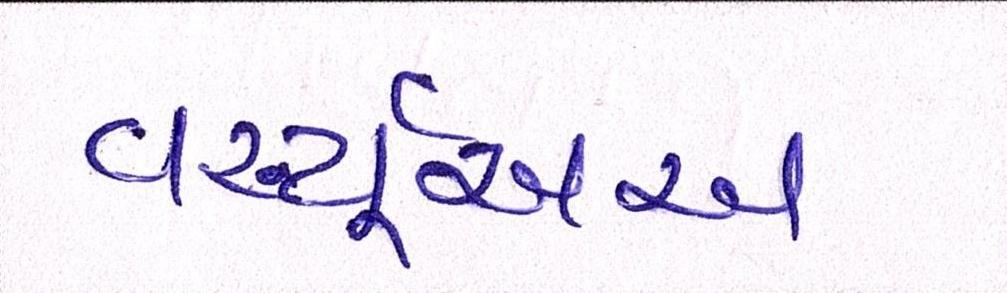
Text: વર્ચ્યૂઅસ